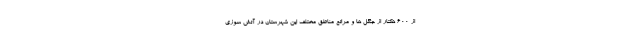
از ۶۰۰ هکتار از جنگل ها و مراتع مناطق مختلف این شهرستان در آتش سوزی